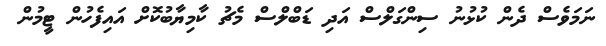
ނަމަވެސް ދެން ކުޅުނު ސިންގަލްސް އަދި ޑަބްލްސް މެޗު ކާމިޔާބުކޮށް އައިފެހުން ޓީމުން